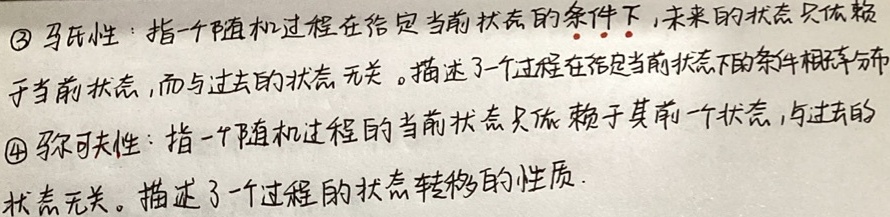
\textcircled{3} 马尔性：指一个随机过程在给定当前状态的条件下，未来的状态只依赖于当前状态，而与过去的状态无关。描述了一个过程在给定当前状态下的条件概率分布。

\textcircled{4} 马尔可夫性：指一个随机过程的当前状态只依赖于其前一个状态，与过去的状态无关。描述了一个过程的状态转移的性质。